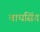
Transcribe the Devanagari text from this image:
बाघसिंग